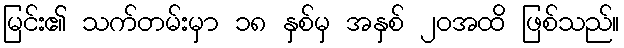
မြင်း၏ သက်တမ်းမှာ ၁၈ နှစ်မှ အနှစ် ၂၀အထိ ဖြစ်သည်။